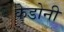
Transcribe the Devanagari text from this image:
केडोनी